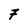
Character: 7